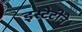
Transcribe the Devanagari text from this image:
इस्टेटीने